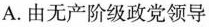
A.由无产阶级政党领导